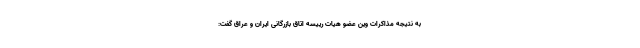
به نتیجه مذاکرات وین عضو هیات رییسه اتاق بازرگانی ایران و عراق گفت: